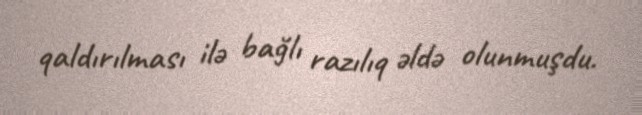
qaldırılması ilə bağlı razılıq əldə olunmuşdu.